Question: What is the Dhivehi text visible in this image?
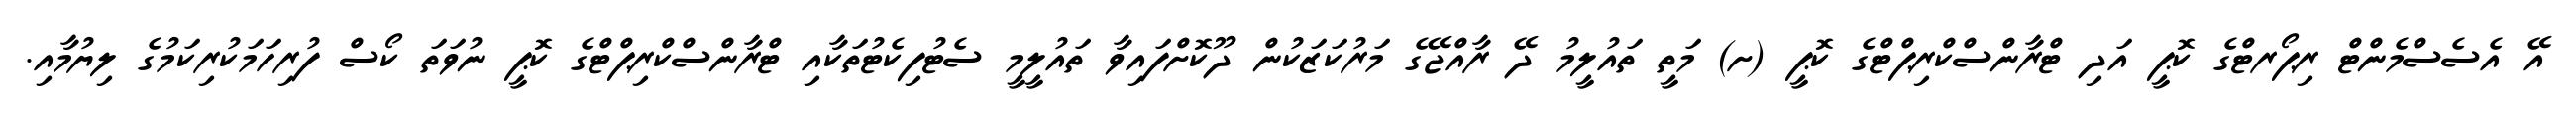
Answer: އޭ އެސެސްމެންޓް ރިޕޯރޓްގެ ކޮޕީ އަދި ޓްރާންސްކްރިޕްޓްގެ ކޮޕީ (ށ) މަތީ ތައުލީމު ދޭ ރާއްޖޭގެ މަރުކަޒަކުން ދޫކޮށްފައިވާ ތައުލީމީ ސެޓުފިކެޓުތަކާއި ޓްރާންސްކްރިޕްޓްގެ ކޮޕީ ނުވަތަ ކޯސް ފުރިހަމަކުރިކަމުގެ ލިޔުމާއި.